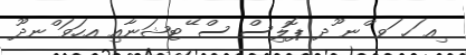
ިއ ަހ ަވ ްނ ޫދ ޕޮލިސް ސް ޭޓޝަނާއިި އހަވަ ްނދޫ